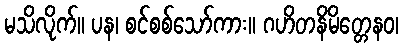
မသိလိုက်။ ပန၊ စင်စစ်သော်ကား။ ဂဟိတနိမိတ္တေနဝ၊